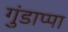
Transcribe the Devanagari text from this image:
गुंडाप्पा